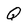
Character: q